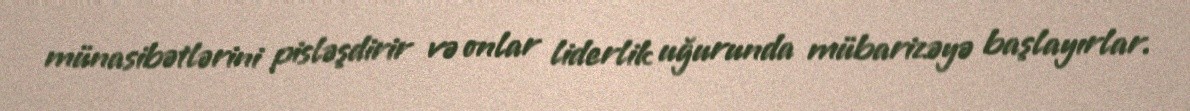
münasibətlərini pisləşdirir və onlar liderlik uğurunda mübarizəyə başlayırlar.